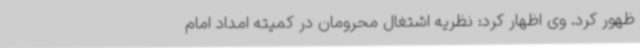
ظهور کرد. وی اظهار کرد: نظریه اشتغال محرومان در کمیته امداد امام